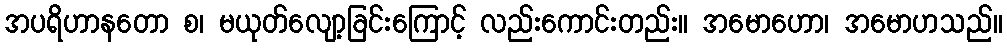
အပရိဟာနတော စ၊ မယုတ်လျော့ခြင်းကြောင့် လည်းကောင်းတည်း။ အမောဟော၊ အမောဟသည်။